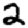
Digit: 2